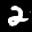
Label: 2